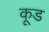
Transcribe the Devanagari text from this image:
कूड